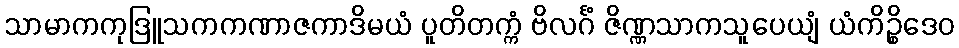
သာမာကကုဒြူသကကဏာဇကာဒိမယံ ပူတိတက္ကံ ဗိလင်္ဂံ ဇိဏ္ဏသာကသူပေယျံ ယံကိဉ္စိဒေဝ